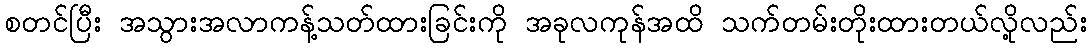
စတင်ပြီး အသွားအလာကန့်သတ်ထားခြင်းကို အခုလကုန်အထိ သက်တမ်းတိုးထားတယ်လို့လည်း